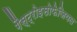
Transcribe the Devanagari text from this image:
गैस्ट्रोइसोफेजियल